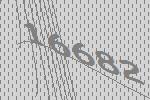
16682